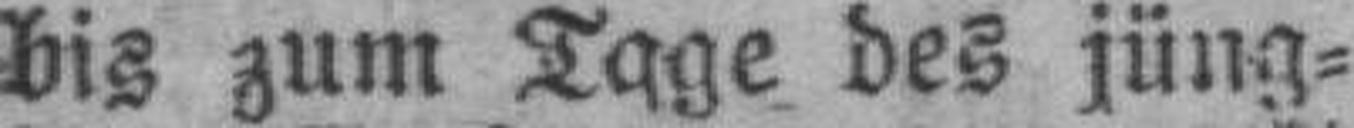
bis zum Tage des jüng¬